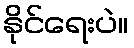
နိုင်ရေးပဲ။